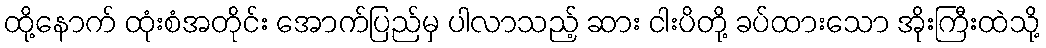
ထို့နောက် ထုံးစံအတိုင်း အောက်ပြည်မှ ပါလာသည့် ဆား ငါးပိတို့ ခပ်ထားသော အိုးကြီးထဲသို့